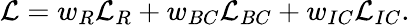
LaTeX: \mathcal{L}=w_{R}\mathcal{L}_{R}+w_{BC}\mathcal{L}_{BC}+w_{IC}\mathcal{L}_{IC}.